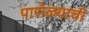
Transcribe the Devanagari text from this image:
पारोळ्याची